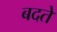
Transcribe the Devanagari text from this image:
बदते